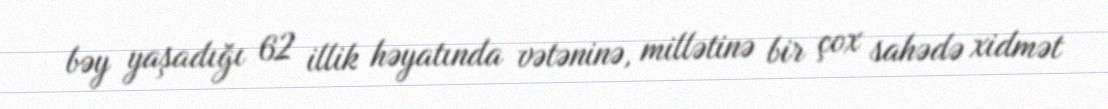
bəy yaşadığı 62 illik həyatında vətəninə, millətinə bir çox sahədə xidmət